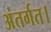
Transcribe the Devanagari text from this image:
अंतर्गत।